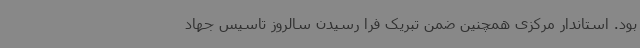
بود. استاندار مرکزی همچنین ضمن تبریک فرا رسیدن سالروز تاسیس جهاد